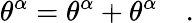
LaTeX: \theta^{\alpha}=\theta^{\alpha}+\theta^{\alpha}\quad.